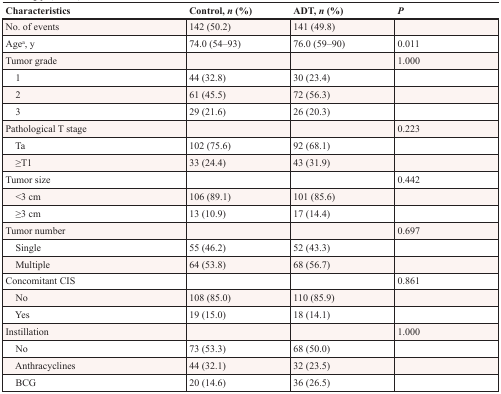
| Characteristics | Control, n (%) | ADT, n (%) | P |
 | --- | --- | --- | --- |
 | No. of events | 142 (50.2) | 141 (49.8) |  |
 | Agea, y | 74.0 (54–93) | 76.0 (59–90) | 0.011 |
 | Tumor grade |  |  | 1.000 |
 | 1 | 44 (32.8) | 30 (23.4) |  |
 | 2 | 61 (45.5) | 72 (56.3) |  |
 | 3 | 29 (21.6) | 26 (20.3) |  |
 | Pathological T stage |  |  | 0.223 |
 | Ta | 102 (75.6) | 92 (68.1) |  |
 | ≥T1 | 33 (24.4) | 43 (31.9) |  |
 | Tumor size |  |  | 0.442 |
 | <3 cm | 106 (89.1) | 101 (85.6) |  |
 | ≥3 cm | 13 (10.9) | 17 (14.4) |  |
 | Tumor number |  |  | 0.697 |
 | Single | 55 (46.2) | 52 (43.3) |  |
 | Multiple | 64 (53.8) | 68 (56.7) |  |
 | Concomitant CIS |  |  | 0.861 |
 | No | 108 (85.0) | 110 (85.9) |  |
 | Yes | 19 (15.0) | 18 (14.1) |  |
 | Instillation |  |  | 1.000 |
 | No | 73 (53.3) | 68 (50.0) |  |
 | Anthracyclines | 44 (32.1) | 32 (23.5) |  |
 | BCG | 20 (14.6) | 36 (26.5) |  |